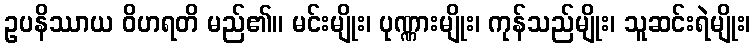
ဥပနိဿာယ ဝိဟရတိ မည်၏။ မင်းမျိုး၊ ပုဏ္ဏားမျိုး၊ ကုန်သည်မျိုး၊ သူဆင်းရဲမျိုး၊